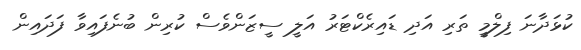
ކުޅަދާނަ ފިލްމީ ތަރި އަދި ޑައިރެކްޓަރު އަލީ ސީޒަންވެސް ކުރިން ބުނެފައިވާ ފަދައިން